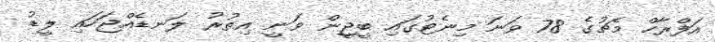
އަފްރާހް މެޗުގެ 78 ވަނަ މިނެޓުގައި ބީޖީން ވަނީ އިތުރު ލަނޑެއްޖަހައި ލީޑު